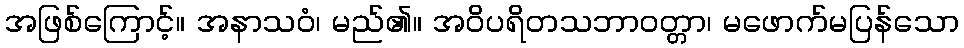
အဖြစ်ကြောင့်။ အနာသဝံ၊ မည်၏။ အဝိပရိတသဘာဝတ္တာ၊ မဖောက်မပြန်သော